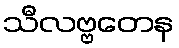
သီလဗ္ဗတေန